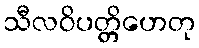
သီလဝိပတ္တိဟေတု